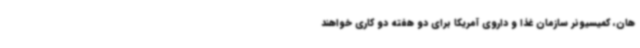
هان، کمیسیونر سازمان غذا و داروی آمریکا برای دو هفته دو کاری خواهند